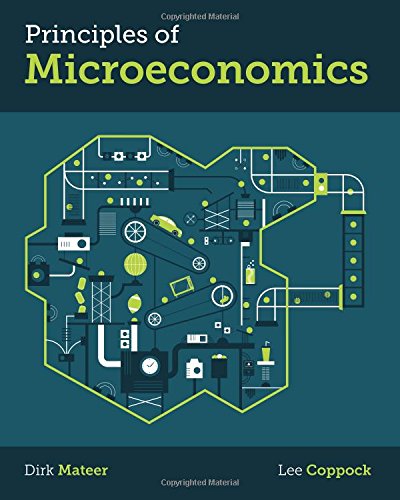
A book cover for Principles of Microeconomics; Dirk Mateer; Business & Money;